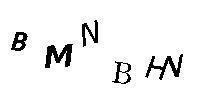
BMNBHN